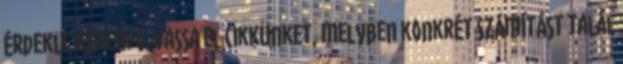
érdekli, kérem olvassa el cikkünket, melyben konkrét számítást talál